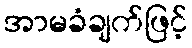
အာမခံချက်ဖြင့်